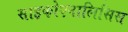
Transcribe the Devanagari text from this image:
साइकोएनालिसिस